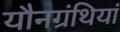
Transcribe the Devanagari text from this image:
यौनग्रंथियां